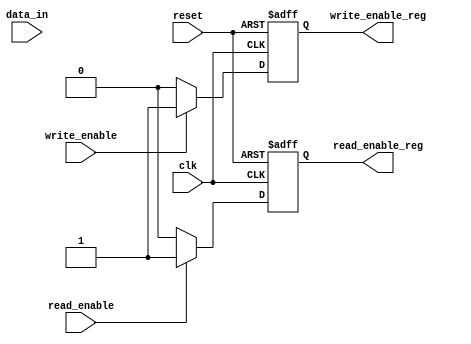
module fifo_timing_control (
    input clk,
    input reset,
    input write_enable,
    input read_enable,
    input data_in,
    output reg write_enable_reg,
    output reg read_enable_reg
);

always @ (posedge clk or posedge reset) begin
    if (reset) begin
        write_enable_reg <= 0;
        read_enable_reg <= 0;
    end else begin
        if (write_enable) begin
            write_enable_reg <= 1;
        end else begin
            write_enable_reg <= 0;
        end
        
        if (read_enable) begin
            read_enable_reg <= 1;
        end else begin
            read_enable_reg <= 0;
        end
    end
end

endmodule